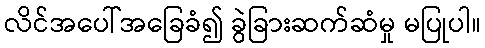
လိင်အပေါ်အခြေခံ၍ ခွဲခြားဆက်ဆံမှု မပြုပါ။